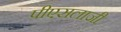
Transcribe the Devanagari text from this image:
पीएसलाजी